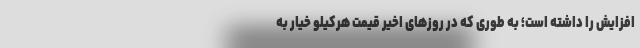
افزایش را داشته است؛ به طوری که در روزهای اخیر قیمت هرکیلو خیار به